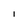
Character: 1